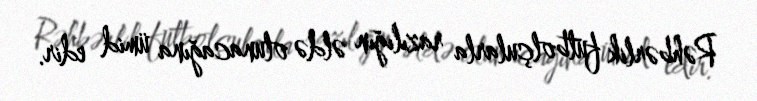
Rəhbərlik futbolçularla razılığın əldə olunacağına ümid edir.